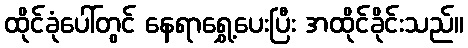
ထိုင်ခုံပေါ်တွင် နေရာရွှေ့ပေးပြီး အထိုင်ခိုင်းသည်။